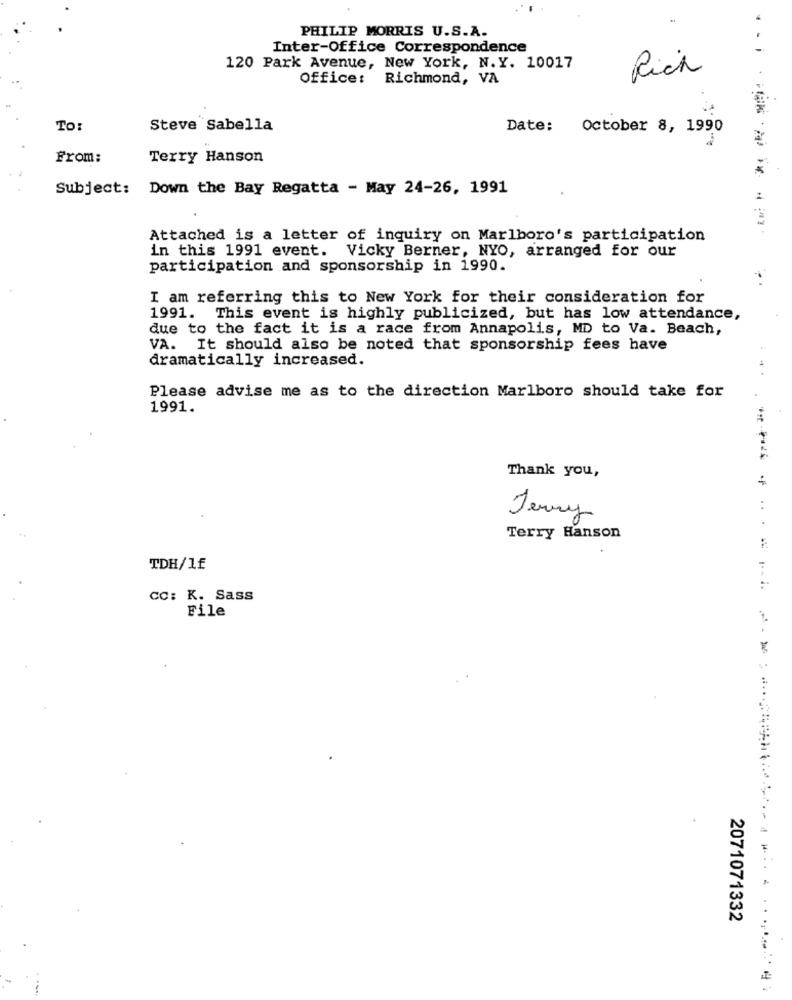
PHILIP MORRIS U.S.A.
Inter-Office Correspondence
120 Park Avenue, New York, N.Y. 10017
Office: Richmond, VA
Rich
To:
Steve Sabella
Date: October 8, 1990
From:
Terry Hanson
Subject: Down the Bay Regatta - May 24-26, 1991
Attached is a letter of inquiry on Marlboro's participation
in this 1991 event. Vicky Berner, NYO, arranged for our
participation and sponsorship in 1990.
I am referring this to New York for their consideration for
1991. This event is highly publicized, but has low attendance,
due to the fact it is a race from Annapolis, MD to Va. Beach,
VA. It should also be noted that sponsorship fees have
dramatically increased.
Please advise me as to the direction Marlboro should take for
1991.
Thank you,
Jerry
Terry Hanson
TDH/1f
cc: K. Sass
File
..
2071071332
....
...